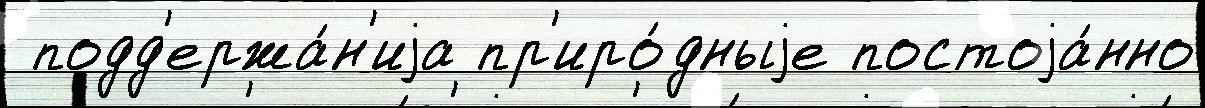
 подд'ержа́н'иjа пр'иро́дныjе постоjа́нно